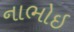
નાભોઇ